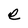
Character: e